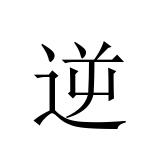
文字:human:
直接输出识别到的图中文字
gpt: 逆